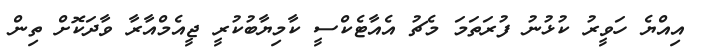
އިއްޔެ ހަވީރު ކުޅުނު ފުރަތަމަ މެޗު އެއާޓެކްސީ ކާމިޔާބުކުރީ ޖީއެމްއާރާ ވާދަކޮށް ތިން